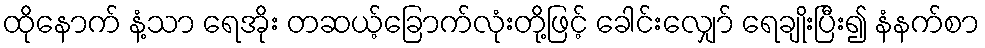
ထိုနောက် နံ့သာ ရေအိုး တဆယ့်ခြောက်လုံးတို့ဖြင့် ခေါင်းလျှော် ရေချိုးပြီး၍ နံနက်စာ